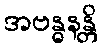
အဗန္ဓနန္တိ